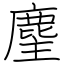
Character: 麈